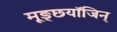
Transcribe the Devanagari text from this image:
मूङ्छ्यॉजिन्